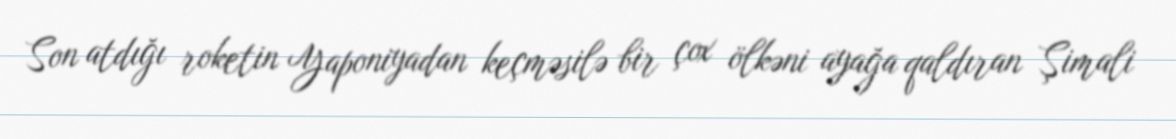
Son atdığı roketin Yaponiyadan keçməsilə bir çox ölkəni ayağa qaldıran Şimali